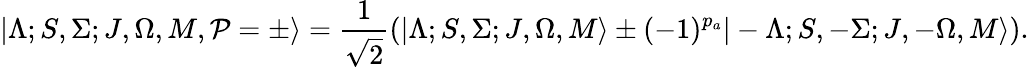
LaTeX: |\Lambda;S,\Sigma;J,\Omega,M,\mathcal{P}=\pm\rangle=\frac{1}{\sqrt{2}}(|\Lambda;S,\Sigma;J,\Omega,M\rangle\pm(-1)^{p_{a}}|-\Lambda;S,-\Sigma;J,-\Omega,M\rangle).